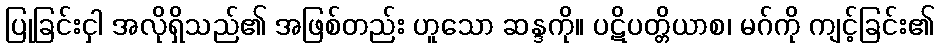
ပြုခြင်းငှါ အလိုရှိသည်၏ အဖြစ်တည်း ဟူသော ဆန္ဒကို။ ပဋိပတ္တိယာစ၊ မဂ်ကို ကျင့်ခြင်း၏